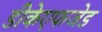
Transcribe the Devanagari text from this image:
डीकेएफजेड